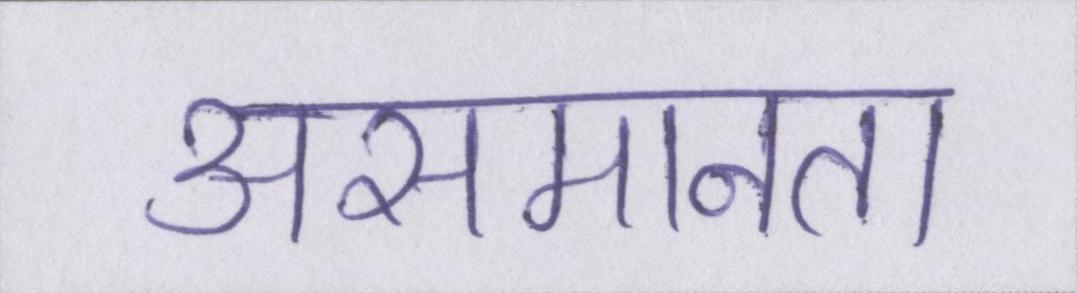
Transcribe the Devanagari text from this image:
असमानता